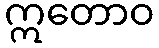
ဣတောဝ